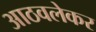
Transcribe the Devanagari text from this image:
आठवलेकर